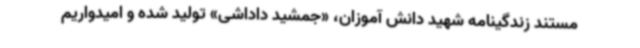
مستند زندگینامه شهید دانش آموزان، «جمشید داداشی» تولید شده و امیدواریم